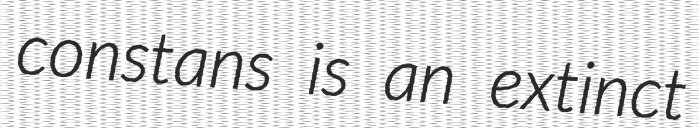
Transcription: constans is an extinct